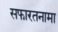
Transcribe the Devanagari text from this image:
सफारतनामा